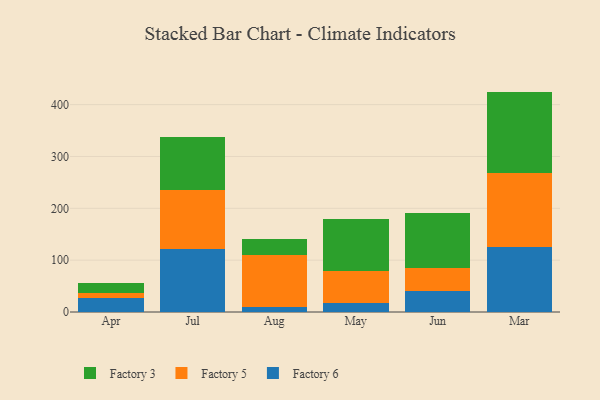
{"axis": {"x": "Month", "y": "Humidity (%)"}, "legend": ["Factory 3", "Factory 5", "Factory 6"], "data": [{"x": "Apr", "y": 27.3, "type": "Factory 6"}, {"x": "Apr", "y": 8.9, "type": "Factory 5"}, {"x": "Apr", "y": 19.1, "type": "Factory 3"}, {"x": "Jul", "y": 120.7, "type": "Factory 6"}, {"x": "Jul", "y": 114.6, "type": "Factory 5"}, {"x": "Jul", "y": 102.1, "type": "Factory 3"}, {"x": "Aug", "y": 10.5, "type": "Factory 6"}, {"x": "Aug", "y": 99.8, "type": "Factory 5"}, {"x": "Aug", "y": 31.2, "type": "Factory 3"}, {"x": "May", "y": 17.3, "type": "Factory 6"}, {"x": "May", "y": 61.3, "type": "Factory 5"}, {"x": "May", "y": 101.2, "type": "Factory 3"}, {"x": "Jun", "y": 41.4, "type": "Factory 6"}, {"x": "Jun", "y": 43.6, "type": "Factory 5"}, {"x": "Jun", "y": 105.9, "type": "Factory 3"}, {"x": "Mar", "y": 126.1, "type": "Factory 6"}, {"x": "Mar", "y": 142.1, "type": "Factory 5"}, {"x": "Mar", "y": 156.9, "type": "Factory 3"}]}